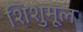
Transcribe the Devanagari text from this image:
शिशुमूल